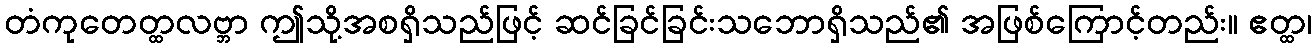
တံကုတေတ္ထလဗ္ဘာ ဤသို့အစရှိသည်ဖြင့် ဆင်ခြင်ခြင်းသဘောရှိသည်၏ အဖြစ်ကြောင့်တည်း။ ဧတ္ထ၊